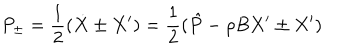
LaTeX: P _ { \pm } = \frac { 1 } { 2 } ( \dot { X } \pm X ^ { \prime } ) = \frac { 1 } { 2 } ( \hat { P } - \rho B X ^ { \prime } \pm X ^ { \prime } )